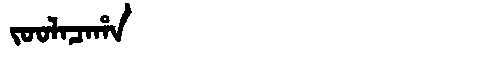
Manchu: ᠵᠣᠣᠯᠠᠴᠠᡥᠠ
Romanization: JOOLACAHA